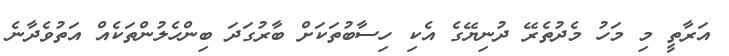
އަރާތީ މި މަހު މެދުތެރޭ ދުނިޔޭގެ އެކި ހިސާބުތަކަށް ބާރުގަދަ ބިންހެލުންތަކެއް އަތުވެދާނެ